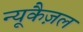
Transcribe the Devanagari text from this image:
न्यूकैज़ल